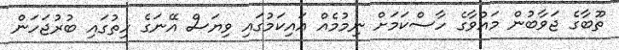
ތޫބާގެ ޖަވާބުން މައުވާގެ ހާސްކަމަށް ނިމުމެއް އައިކަމުގައި ވިޔަސް އޭނަގެ ހިތުގައި ބުރުޖަހަން